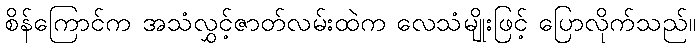
စိန်ကြောင်က အသံလွှင့်ဇာတ်လမ်းထဲက လေသံမျိုးဖြင့် ပြောလိုက်သည်။